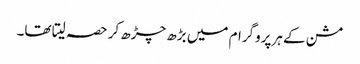
مشن کے ہرپروگرام میں بڑھ چڑھ کر حصہ لیتا تھا۔